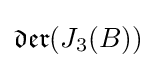
{\mathfrak {der}}(J_{3}(B))